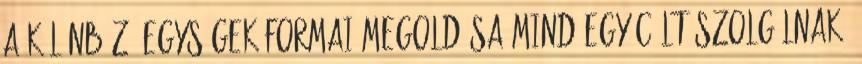
a különböző egységek formai megoldása mind egy célt szolgálnak: